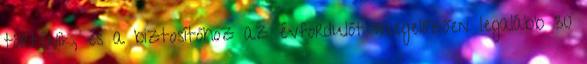
történik, és a biztosítóhoz az évfordulót megelőzően legalább 30